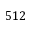
5 1 2